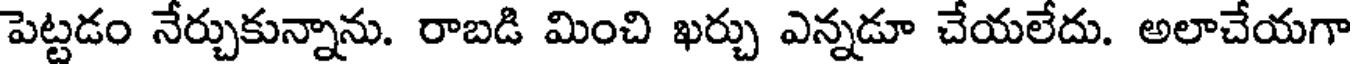
పెట్టడం నేర్చుకున్నాను. రాబడి మించి ఖర్చు ఎన్నడూ చేయలేదు. అలాచేయగా